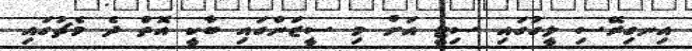
އިނގިރޭސި ލީގުގައި ސިޓީ އަށް މި ސީޒަންގައި ބާކީ އޮތް ދެ މެޗުގައި